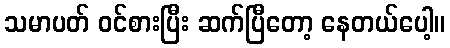
သမာပတ် ဝင်စားပြီး ဆက်ပြီတော့ နေတယ်ပေါ့။